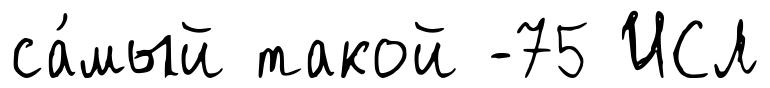
са́мый такой -75 ИСЛ